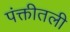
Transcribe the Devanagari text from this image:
पंक्तीतली